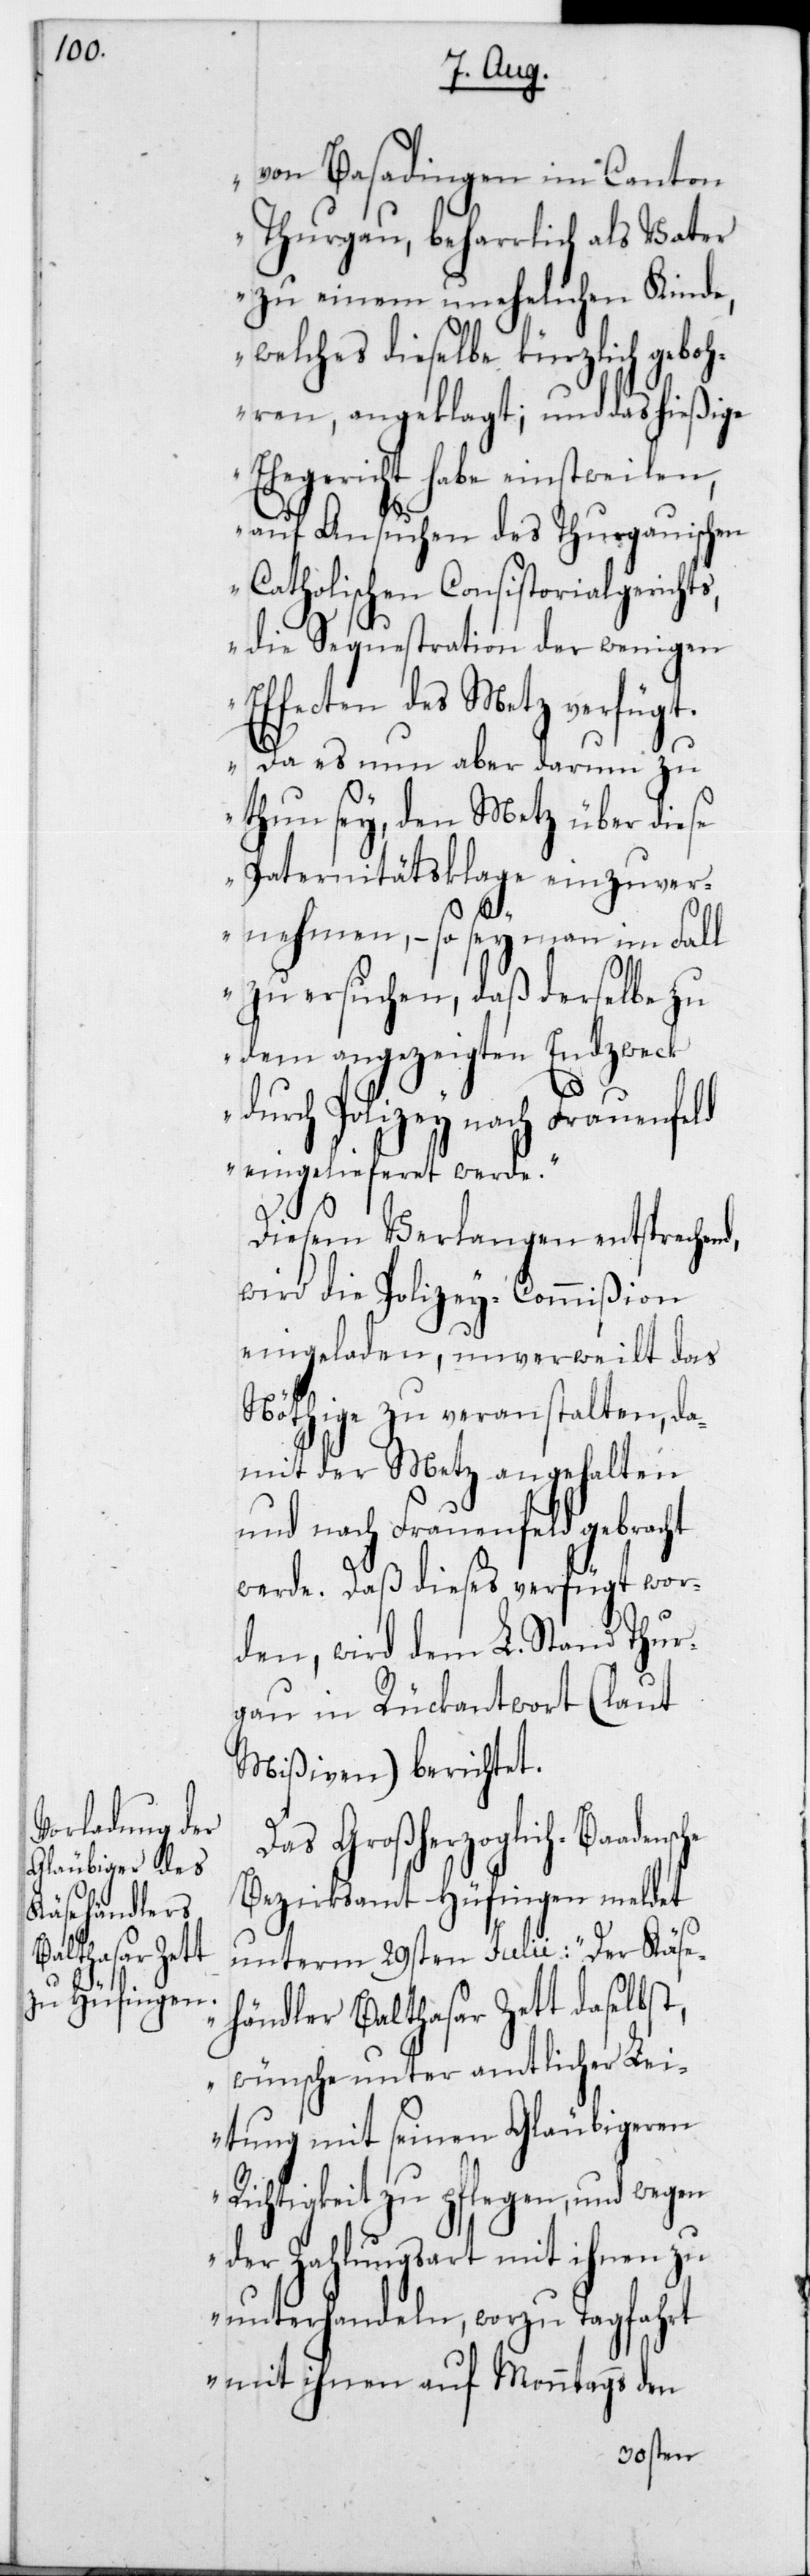
che

von Basadingen im Canton
Thurgau, beharrlich als Vater
zu einem unehelichen Kinde,
welches dieselbe kürzlich geboh¬
ren, angeklagt; und das hießige
Ehegericht habe einstweilen,
auf Ansuchen des Thurgauischen
Katholischen Consistorialgerichts,
die Sequestration der wenigen
Effecten des Metz verfügt.
Da es nun aber darum zu
thun sey, den Metz über diese
Paternitätsklage einzuver¬
nehmen, – so sey man im Fall
zu ersuchen, daß derselbe zu
dem angezeigten Endzweck
durch Polizey nach Frauenfeld
eingelieferet werde.“
Diesem Verlangen entsprechend,
wird die Polizey-Commißion
eingeladen, unverweilt das
Nöthige zu veranstalten, da¬
mit der Metz angehalten
und nach Frauenfeld gebracht
werde. Daß dieses verfügt wor¬
den, wird dem L. Stand Thur¬
gau in Rückantwort (laut
Mißiven) berichtet.
Das Großherzoglich-Baadens¬
Bezirksamt Hüfingen meldet
unterm 29sten Julii: „Der Käse¬
händler Balthasar Zett daselbst,
wünsche unter amtlicher Lei¬
tung mit seinen Gläubigeren
Richtigkeit zu pflegen, und wegen
der Zahlungsart mit ihnen zu
unterhandeln, wozu Tagfahrt
mit ihnen auf Monntags den